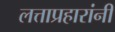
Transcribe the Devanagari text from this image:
लत्ताप्रहारांनी